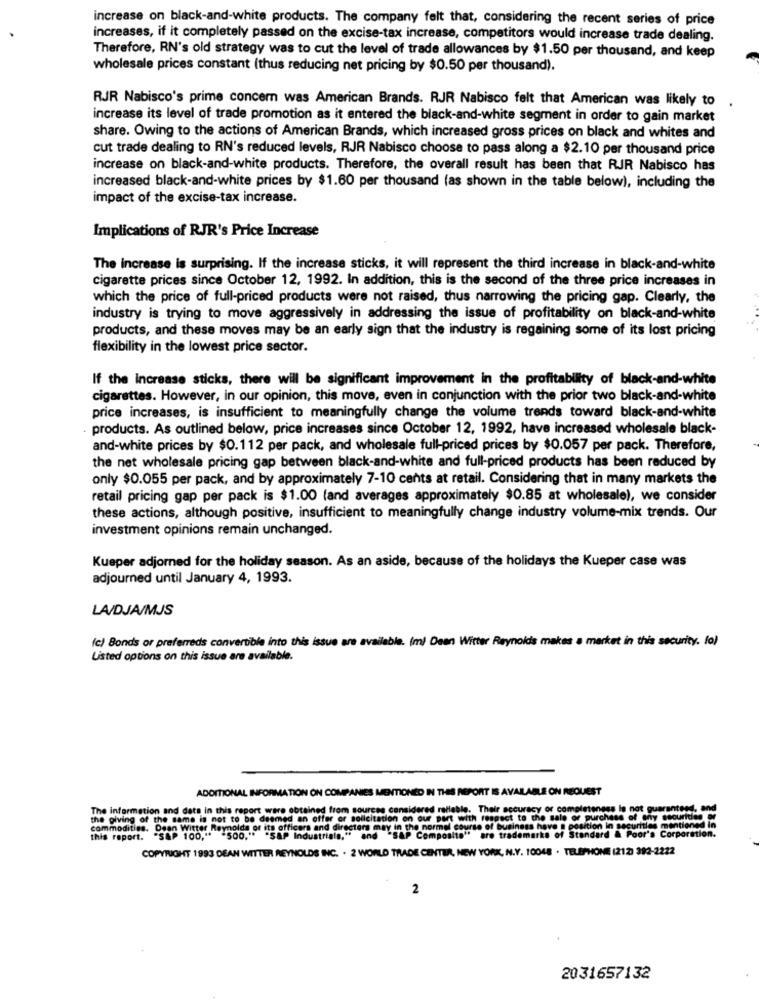
increase on black-and-white products. The company felt that, considering the recent series of price
increases, if it completely passed on the excise-tax increase, competitors would increase trade dealing.
Therefore, RN's old strategy was to cut the level of trade allowances by $1.50 per thousand, and keep
wholesale prices constant (thus reducing net pricing by $0.50 per thousand).
RJR Nabisco's prime concern was American Brands. RJR Nabisco felt that American was likely to
increase its level of trade promotion as it entered the black-and-white segment in order to gain market
share. Owing to the actions of American Brands, which increased gross prices on black and whites and
cut trade dealing to RN's reduced levels, RJR Nabisco choose to pass along a $2.10 per thousand price
increase on black-and-white products. Therefore, the overall result has been that RJR Nabisco has
increased black-and-white prices by $1.60 per thousand (as shown in the table below), including the
impact of the excise-tax increase.
Implications of RJR's Price Increase
The increase is surprising. If the increase sticks, it will represent the third increase in black-and-white
cigarette prices since October 12, 1992. In addition, this is the second of the three price increases in
which the price of full-priced products were not raised, thus narrowing the pricing gap. Clearly, the
industry is trying to move aggressively in addressing the issue of profitability on black-and-white
products, and these moves may be an early sign that the industry is regaining some of its lost pricing
flexibility in the lowest price sector.
If the increase sticks, there will be significant improvement in the profitability of black-and-white
cigarettes. However, in our opinion, this move, even in conjunction with the prior two black-and-white
price increases, is insufficient to meaningfully change the volume trends toward black-and-white
products. As outlined below, price increases since October 12, 1992, have increased wholesale black-
and-white prices by $0.112 per pack, and wholesale full-priced prices by $0.057 per pack. Therefore,
the net wholesale pricing gap between black-and-white and full-priced products has been reduced by
only $0.055 per pack, and by approximately 7-10 cents at retail. Considering that in many markets the
retail pricing gap per pack is $1.00 (and averages approximately $0.85 at wholesale), we consider
these actions, although positive, insufficient to meaningfully change industry volume-mix trends. Our
investment opinions remain unchanged.
Kueper adjorned for the holiday season. As an aside, because of the holidays the Kueper case was
adjourned until January 4, 1993.
LA/DJA/MJS
(c) Bonds or preferreds convertible into this issue are available. (m) Dean Witter Reynolds makes a market in this security. fo)
Listed options on this issue are available.
ADDITIONAL INFORMATION ON COMPANIES MENTIONED IN THIS REPORT IS AVAILABLE ON REQUEST
The information and dats in this report were obtained from sources considered reliable. Their accuracy or completeness la not guaranteed, and
the giving of the same is not to be deemed an offer or solicitation on our part with respect to the sale or purchase of any securities or
commodities. Dean Witter Reynolds of its officers and directors may in the normal course of business have a position in securities mentioned in
al course of business have a position in securities mentioned in
" "SAP 100,"* "500." "SAP Industriala," and "SAP Con
COPYRIGHT 1993 DEAN WITTER REYNOLDS INC. . 2 WORLD TRADE CENTER, NEW YORK, N.Y. 10048 . TELEPHONE (212: 392-2222
2
2031657132